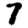
Digit: 7